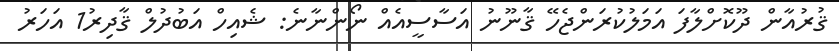
ޤުރުއާން ދޫކޮށްލާފަ އަމަލުކުރަންޖެހޭ ޤާނޫނު އަސާސީއެއް ނޯންނާނެ: ޝެއިހް އަބުދުލް ޤާދިރު1 އަހަރު